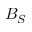
B _ { S }